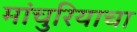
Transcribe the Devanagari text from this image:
मांचुरियाचा